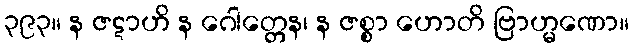
၃၉၃။ န ဇဋာဟိ န ဂေါတ္တေန၊ န ဇစ္စာ ဟောတိ ဗြာဟ္မဏော။